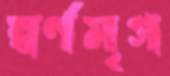
স্বর্ণমৃগ